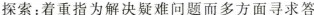
探索：着重指为解决疑难问题而多方面寻求答